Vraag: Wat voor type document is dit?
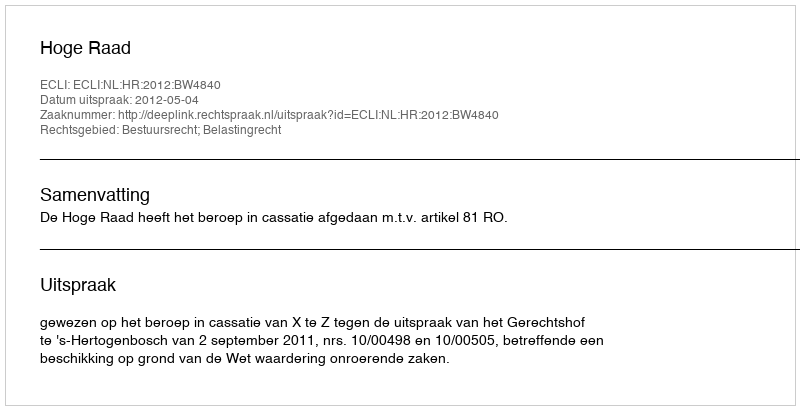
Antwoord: Uitspraak